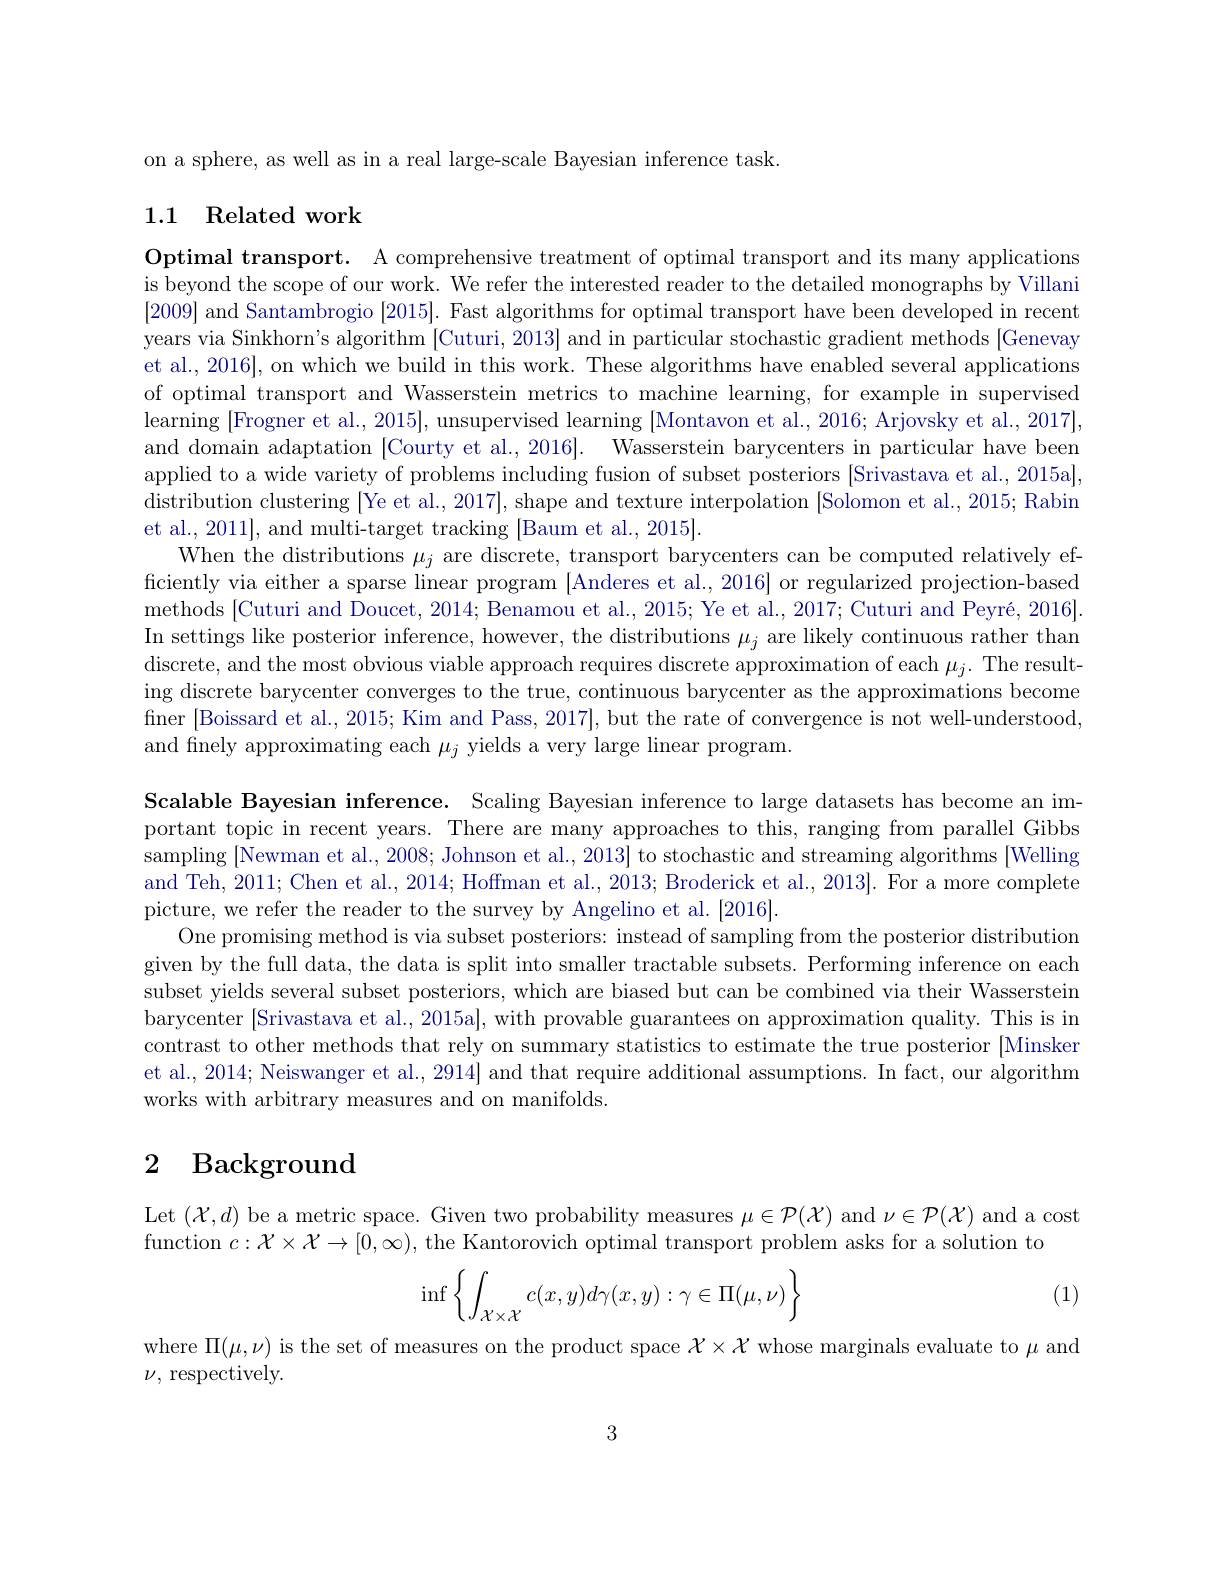
on a sphere, as well as in a real large-scale Bayesian inference task

## 1.1 Related work

Optimal transport. A comprehensive treatment of optimal transport and its many applications is beyond the scope of our work. We refer the interested reader to the detailed monographs by Villani [2009] and Santambrogio [2015]. Fast algorithms for optimal transport have been developed in recent years via Sinkhorn's algorithm [Cuturi, 2013] and in particular stochastic gradient methods [Genevay et al., 2016], on which we build in this work. These algorithms have enabled several applications of optimal transport and Wasserstein metrics to machine learning, for example in supervised learning [Frogner et al., 2015], unsupervised learning [Montavon et al., 2016; Arjovsky et al., 2017], and domain adaptation [Courty et al., 2016]. Wasserstein barycenters in particular have been applied to a wide variety of problems including fusion of subset posteriors [Srivastava et al., 2015a], distribution clustering [Ye et al., 2017],shape and texture interpolation [Solomon et al., 2015; Rabin et al., 2011], and multi-target tracking [Baum et al., 2015].
When the distributions $\mu_j$ are discrete, transport barycenters can be computed relatively efficiently via either a sparse linear program [Anderes et al., 2016] or regularized projection-based methods [Cuturi and Doucet, 2014; Benamou et al., 2015; Ye et al., 2017; Cuturi and Peyré, 2016]. In settings like posterior inference, however, the distributions $\mu_j$ are likely continuous rather than discrete, and the most obvious viable approach requires discrete approximation of each $\mu_j.$ The resulting discrete barycenter converges to the true, continuous barycenter as the approximations become finer [Boissard et al., 2015; Kim and Pass, 2017], but the rate of convergence is not well-understood, and finely approximating each $\mu_j$ yields a very large linear program.
Scalable Bayesian inference. Scaling Bayesian inference to large datasets has become an important topic in recent years. There are many approaches to this, ranging from parallel Gibbs sampling [Newman et al., 2008; Johnson et al., 2013] to stochastic and streaming algorithms [Welling and Teh, 2011; Chen et al., 2014; Hoffman et al., 2013; Broderick et al., 2013}. For a more complete picture, we refer the reader to the survey by Angelino et al. [2016].
One promising method is via subset posteriors: instead of sampling from the posterior distribution given by the full data, the data is split into smaller tractable subsets. Performing inference on each subset yields several subset posteriors, which are biased but can be combined via their Wasserstein barycenter [Srivastava et al., 2015a], with provable guarantees on approximation quality. This is in contrast to other methods that rely on summary statistics to estimate the true posterior [Minsker] et al., 2014; Neiswanger et al., 2914] and that require additional assumptions. In fact, our algorithm works with arbitrary measures and on manifolds.

## 2 Background

Let $(\mathcal{X},d)$ be a metric space. Given two probability measures $\mu\in\mathcal{P}(\mathcal{X})$ and $\nu\in\mathcal{P}(\mathcal{X})$ and a cost
function $c:\mathcal{X}\times\mathcal{X}\to[0,\infty)$, the Kantorovich optimal transport problem asks for a solution to

(1)
$$\inf\left\{\int_{\mathcal{X}\times\mathcal{X}}c(x,y)d\gamma(x,y):\gamma\in\Pi(\mu,\nu)\right\}$$
where $\Pi(\mu,\nu)$ is the set of measures on the product space $\mathcal{X}\times\mathcal{X}$ whose marginals evaluate to $\mu$ and
$\nu$, respectively.

3